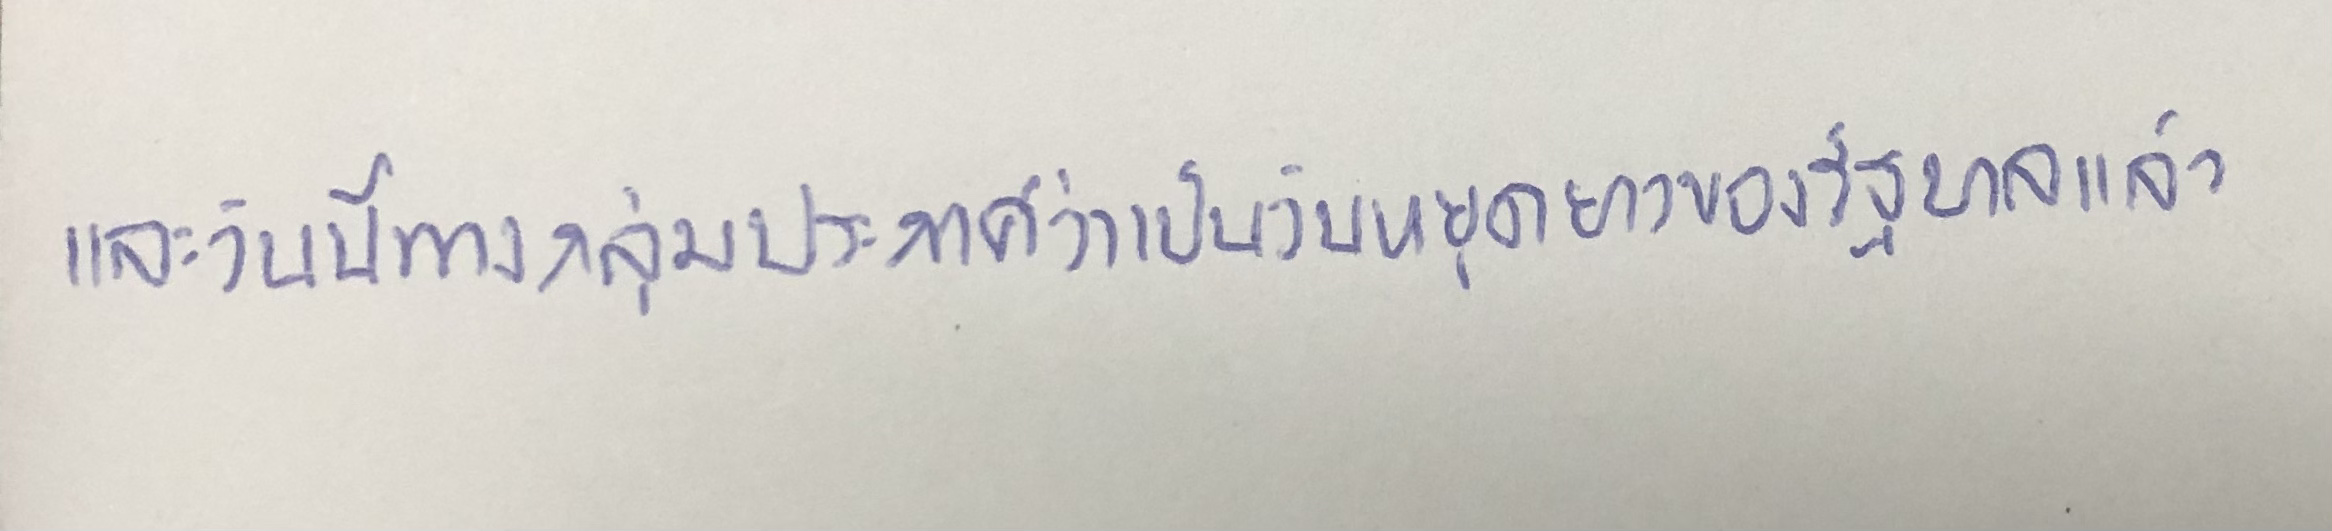
และวันนี้ทางกลุ่มประกาศว่าเป็นวันหยุดยาวของรัฐบาลแล้ว